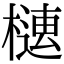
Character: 𣚢